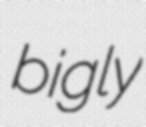
bigly